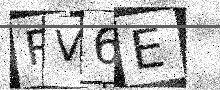
Text: PV6E